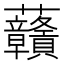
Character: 𧆐